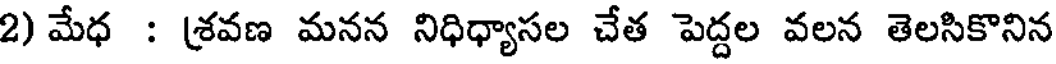
2) మేధ : శ్రవణ మనన నిధిధ్యాసల చేత పెద్దల వలన తెలసికొనిన